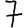
Digit: 7